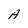
Character: A